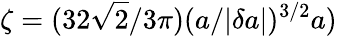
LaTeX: \zeta=(32\sqrt{2}/3\pi)(a/|\delta a|)^{3/2}a)